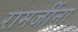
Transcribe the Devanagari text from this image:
रामजींना